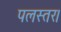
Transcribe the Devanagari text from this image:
पलस्तर।